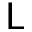
\mathsf { L }